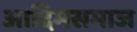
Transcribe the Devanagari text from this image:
आदिमसमाज